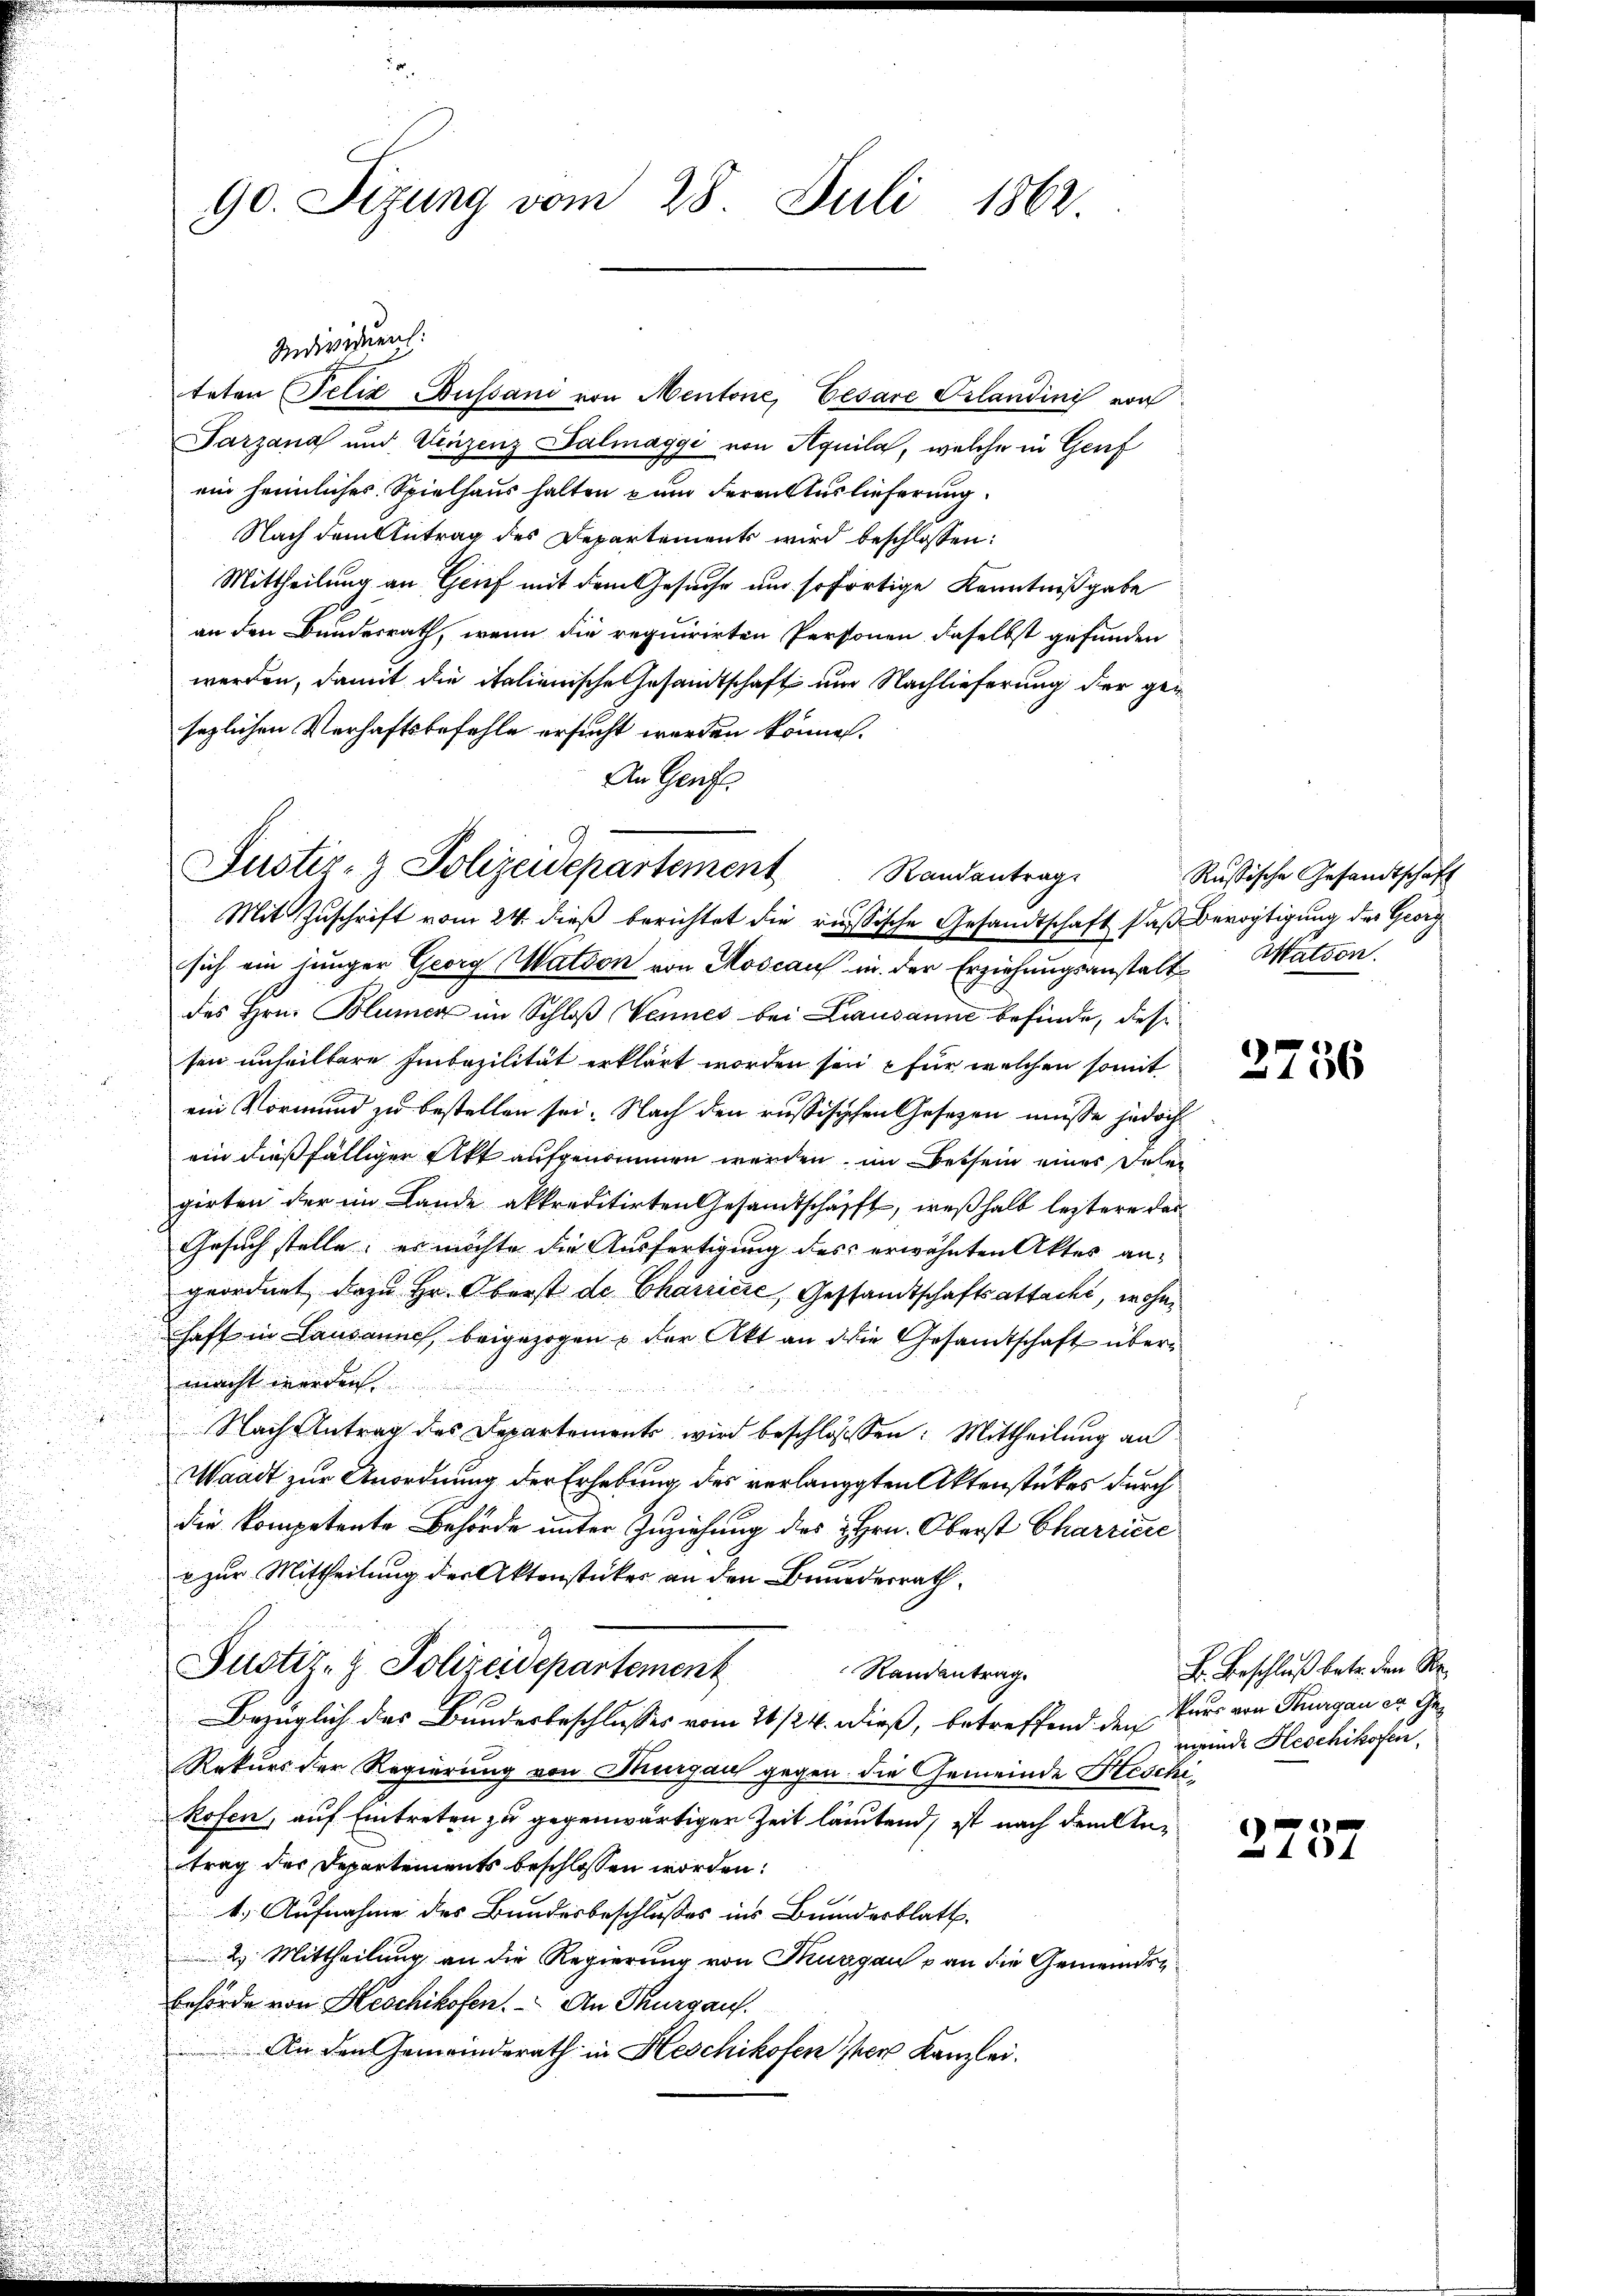
90. Sizung vom 28. Juli 1862

Individuent:
teten Felix Bussani von Mentone, Cesare Pilandinis von
Tarzana und Vinzenz Valmaggi von Aquila, welche in Genf
ein heimliches Spielhaus halten zum deren Auslieferung
Nach dem Antrag des Departements wird beschlossen:
Mittheilung an Grief mit dem Gesuche um sofortige Kenntnißgabe
an den Bundesrath, wenn die requirirten Personen daselbst gefunden
werden, damit die italienische Gesandtschaft um Nachlieferung der gesezlichen Verhaftsbefehle ersucht werden könne.
An Genfe

Mit Zuschrift vom 24. dieß berichtet die russische Gesandtschaft daß Bevogtigung des Georg
sich ein junger Georg Mation von Moscau in der Erziehungsanstalt Mation
des Hrn. Blümer im Schloß Vennes bei Lausanne befinde, des
sen unheiltere Imbazilität erklärt worden sei für welchen somit
ein Vormund zu bestellen sei. Nach den russischen Gesetzen müsse jedoch
ein dießfälliger Akt aufgenommen werden, im Betsein einer Telegirten der im Lande akkreditirten Gesamtschafft, weßhalb letztere das
Gesuch stelle; es möchte die Ausfertigung des erwähnten Aktes angeordnet, dazu Hr. Oberst de Charice, Gestandtschaftsattacht, wohnhaft in Lausannes, beigezogen der Akt an die Gesandtschaft übermacht werdenst
u werden
u
 Nach Antrag des Departements wird beschlossen: Mittheilung an
u
Waadt zur Anordnung der Erhebung des verlangten Aktenstückes durch
die kompetente Behörde unter Zuziehung des Hrn. Oberst Charriere
 zur Mittheilung der Aktenstückes an den Bundesrath
Justiz- & Polizeidepartement
Randantrag.

Bezüglich des Bundesbeschlusses vom 21./24. dieß, betreffend den Herr von Thurgau er Ge¬
u
Rekurs der Regierung von Thurgau gegen die Gemeinde Heschi¬
Rofen, auf Eintreten zu gegenwärtiger Zeit lautend, ist nach dem Antrag des Departements beschlossen worden.
t. Aufnahme des Bundesbeschlusses ins Bunderblatt
2.) Mittheilung an die Regierung von Thurgau & an die Gemeindsbehörde von Heschikofen. An Thurgau.
An den Gemeinderath in Heschikofen her Kanzlei.

Justiz- & Polizeidepartement
Randantrag

Russische Gesandtschaft

2756

L. Beschluß betr. den Remeinde Heschikofen.

)
137